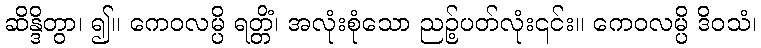
ဆိန္ဒိတွာ၊ ၍။ ကေဝလမ္ပိ ရတ္တိံ၊ အလုံးစုံသော ညဉ့်ပတ်လုံး၎င်း။ ကေဝလမ္ပိ ဒိဝသံ၊